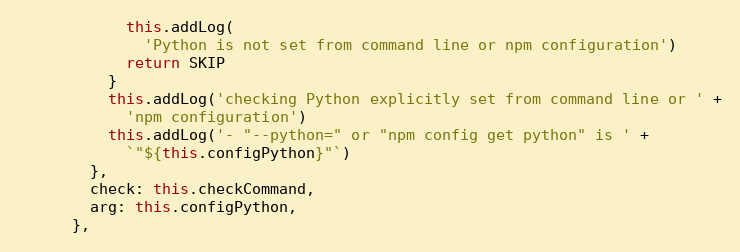
Language: JavaScript
            this.addLog(
              'Python is not set from command line or npm configuration')
            return SKIP
          }
          this.addLog('checking Python explicitly set from command line or ' +
            'npm configuration')
          this.addLog('- "--python=" or "npm config get python" is ' +
            `"${this.configPython}"`)
        },
        check: this.checkCommand,
        arg: this.configPython,
      },